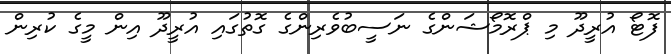
ފޮޓޯ އުރީދޫ މި ޕްރޮމޯޝަންގެ ނަސީބުވެރިންގެ ގޮތުގައި އުރީދޫ އިން މީގެ ކުރިން